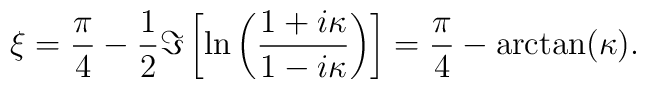
\xi = {\pi\over4} -   {1\over2} \Im\left[\ln\left({1+i\kappa\over1-i\kappa}\right)\right] = {\pi\over4} - \arctan(\kappa).